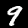
Label: 9